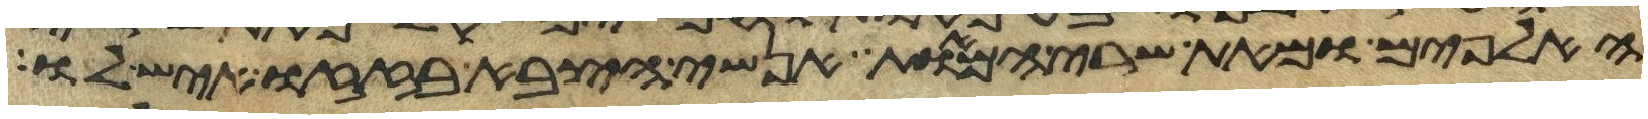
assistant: האלפים ומאת שרי המאות אנשי הצבא בזזו איש לו